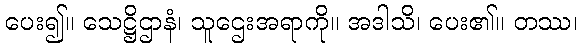
ပေး၍။ သေဋ္ဌိဌာနံ၊ သူဌေးအရာကို။ အဒါသိ၊ ပေး၏။ တဿ၊